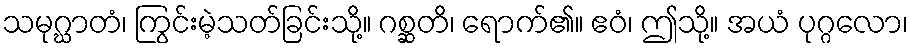
သမုဂ္ဃာတံ၊ ကြွင်းမဲ့သတ်ခြင်းသို့။ ဂစ္ဆတိ၊ ရောက်၏။ ဧဝံ၊ ဤသို့။ အယံ ပုဂ္ဂလော၊